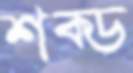
শক্ড